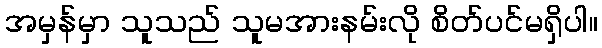
အမှန်မှာ သူသည် သူမအားနမ်းလို စိတ်ပင်မရှိပါ။